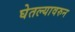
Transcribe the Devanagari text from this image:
घेतल्यावरुन